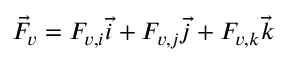
\vec { F _ { v } } = F _ { v , i } \vec { i } + F _ { v , j } \vec { j } + F _ { v , k } \vec { k }